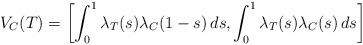
LaTeX: \begin{align*}V_C(T) = \left[ \int^1_0 \lambda_T(s) \lambda_C(1-s) \, ds, \int^1_{0} \lambda_T(s) \lambda_C(s)\, ds \right]\end{align*}